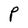
Character: P